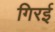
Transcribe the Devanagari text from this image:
गिरई